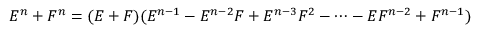
E ^ { n } + F ^ { n } = ( E + F ) ( E ^ { n - 1 } - E ^ { n - 2 } F + E ^ { n - 3 } F ^ { 2 } - \cdots - E F ^ { n - 2 } + F ^ { n - 1 } )